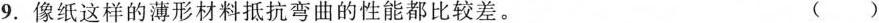
9.像纸这样的薄形材料抵抗弯曲的性能都比较差。 ()